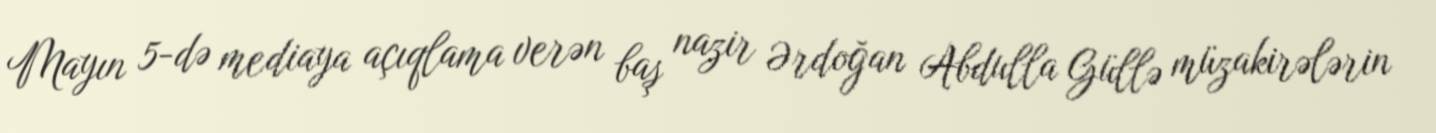
Mayın 5-də mediaya açıqlama verən baş nazir Ərdoğan Abdulla Güllə müzakirələrin